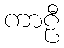
ကာဠီ